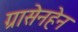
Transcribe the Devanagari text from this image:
ग्रासेनहेन